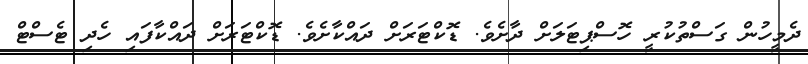
ދެމީހުން ގަސްތުކުރީ ހޮސްޕިޓަލަށް ދާށެވެ. ޑޮކްޓަރަށް ދައްކާށެވެ. ޑޮކްޓަރަށް ދައްކާފައި ހެދި ޓެސްޓް